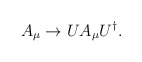
\begin{align*}A_{\mu} \rightarrow UA_{\mu}U^{\dagger}. \end{align*}